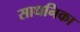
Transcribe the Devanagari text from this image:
साधनिका